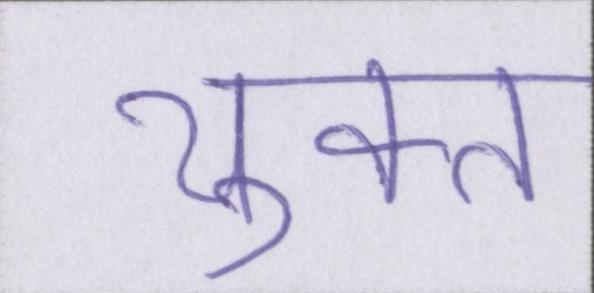
युक्त